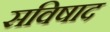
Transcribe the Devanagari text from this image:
सविषाद